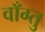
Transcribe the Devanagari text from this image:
वाँग्तु